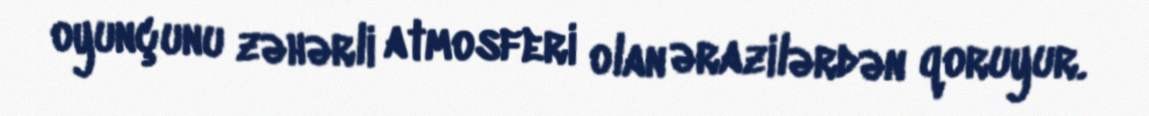
oyunçunu zəhərli atmosferi olan ərazilərdən qoruyur.